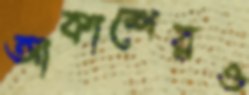
আকাশেরও